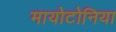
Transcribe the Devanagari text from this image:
मायोटोनिया